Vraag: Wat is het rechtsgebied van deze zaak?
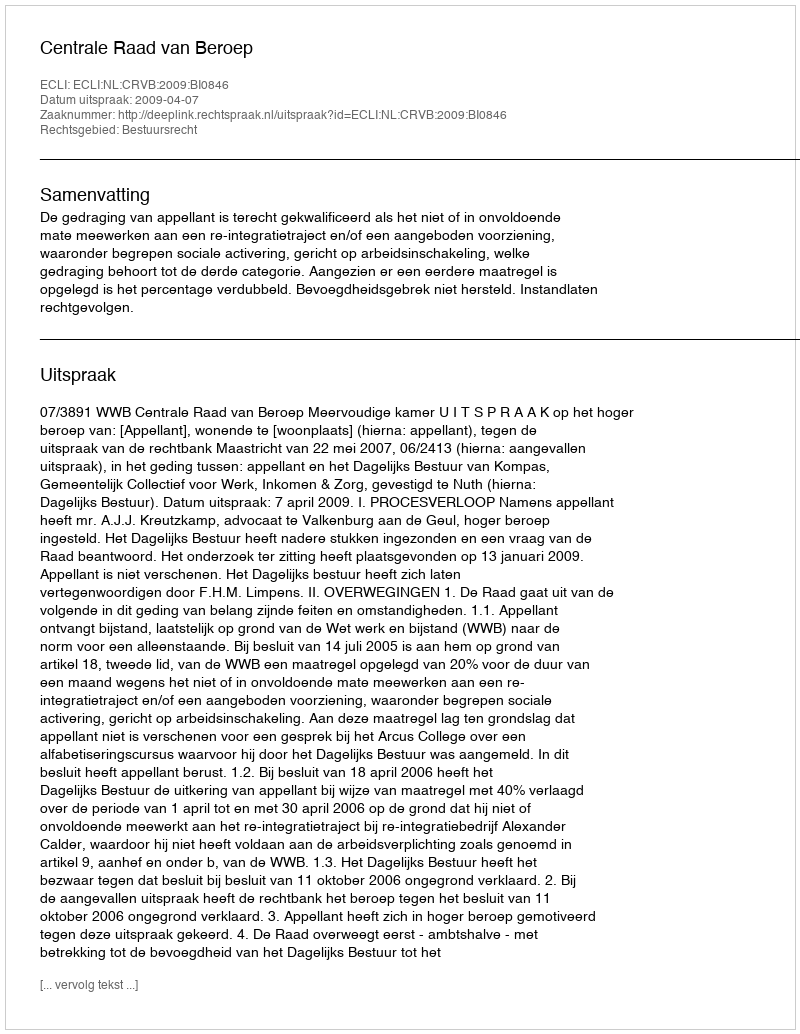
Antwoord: Bestuursrecht